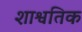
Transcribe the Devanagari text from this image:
शाश्वतिक